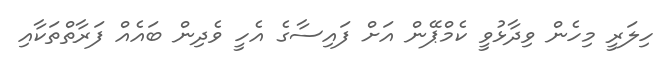
ހިލަރީ މިހެން ވިދާޅުވީ ކެމްޕޭން އަށް ފައިސާގެ އެހީ ވެދިން ބައެއް ފަރާތްތަކާއި